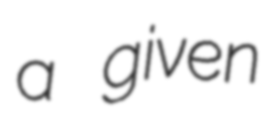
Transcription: a given